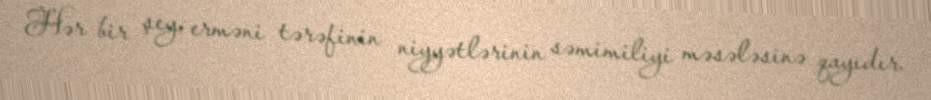
Hər bir şey, erməni tərəfinin niyyətlərinin səmimiliyi məsələsinə qayıdır.